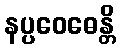
နပ္ပဝေဓေန္တိ